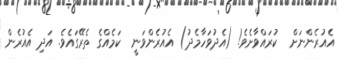
އެއުރެންނަށް  ކުރައްވާށެވެ! (އެދުވަހާމެދު) އެއުރެންވަނީ  ކަމެއްގެ ތެރޭގައެވެ. އަދި އެއުރެން